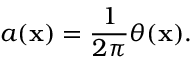
a ( { \bf x } ) = \frac { 1 } { 2 \pi } \theta ( { \bf x } ) .